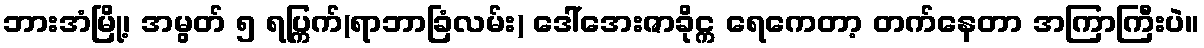
ဘားအံမြို့၊ အမွတ် ၅ ရပ္ကြက်(ရာဘာခြံလမ်း) ဒေါ်အေးဇာခိုင္က ရေကေတာ့ တက်နေတာ အကြာကြီးပဲ။